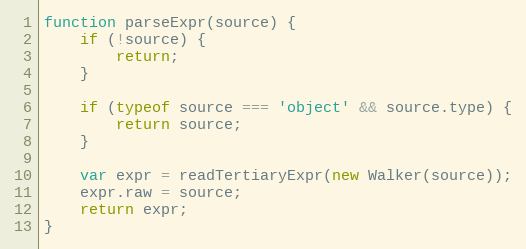
Language: JavaScript
function parseExpr(source) {
    if (!source) {
        return;
    }

    if (typeof source === 'object' && source.type) {
        return source;
    }

    var expr = readTertiaryExpr(new Walker(source));
    expr.raw = source;
    return expr;
}